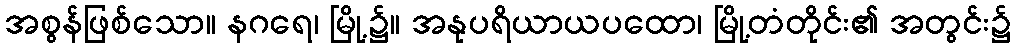
အစွန်ဖြစ်သော။ နဂရေ၊ မြို့၌။ အနုပရိယာယပထော၊ မြို့တံတိုင်း၏ အတွင်း၌